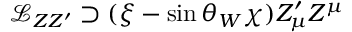
\mathcal { L } _ { Z Z ^ { \prime } } \supset ( \xi - \sin \theta _ { W } \chi ) Z _ { \mu } ^ { \prime } Z ^ { \mu }